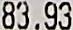
83.93